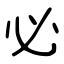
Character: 必